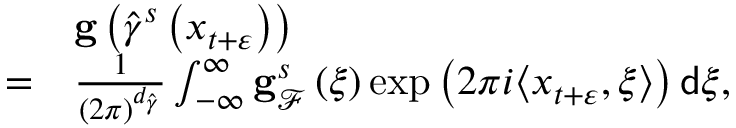
\begin{array} { r l } & { \mathbf { g } \left( \widehat { \gamma } ^ { s } \left( x _ { t + \varepsilon } \right) \right) } \\ { = } & { \frac { 1 } { \left( 2 \pi \right) ^ { d _ { \widehat { \gamma } } } } \int _ { - \infty } ^ { \infty } \mathbf { g } _ { \mathcal { F } } ^ { s } \left( \xi \right) \exp \left( 2 \pi i \langle x _ { t + \varepsilon } , \xi \rangle \right) \mathsf { d } \xi , } \end{array}